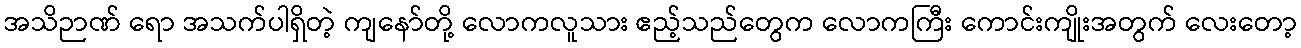
အသိဉာဏ် ရော အသက်ပါရှိတဲ့ ကျနော်တို့ လောကလူသား ဧည့်သည်တွေက လောကကြီး ကောင်းကျိုးအတွက် လေးတော့